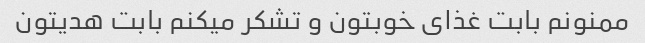
ممنونم بابت غذای خوبتون و تشکر میکنم بابت هدیتون